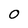
Character: O